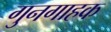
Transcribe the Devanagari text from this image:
गुनगाहक